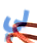
لي